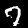
Digit: 7